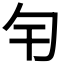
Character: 𠣍